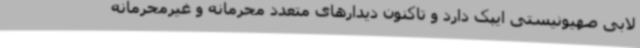
لابی صهیونیستی ایپک دارد و تاکنون دیدارهای متعدد محرمانه و غیرمحرمانه